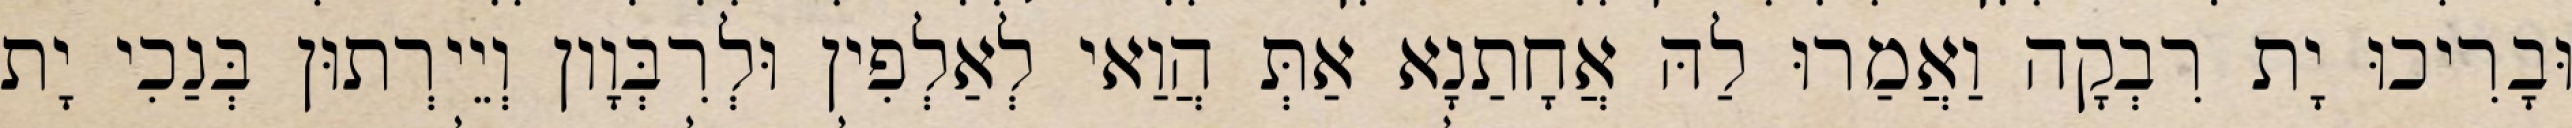
וּבָרִיכוּ יָת רִבְקָה וַאֲמַרוּ לַהּ אֲחָתַנָא אַתְּ הֲוַאי לְאַלְפִין וּלְרִבְּוָון וְיֵירְתוּן בְּנַכִי יָת